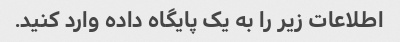
اطلاعات زیر را به یک پایگاه داده وارد کنید.